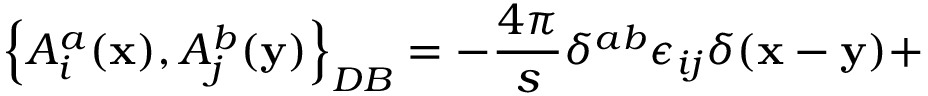
\left\{ A _ { i } ^ { a } ( { \bf x } ) , A _ { j } ^ { b } ( { \bf y } ) \right\} _ { D B } = - \frac { 4 \pi } { s } \delta ^ { a b } \epsilon _ { i j } \delta ( { \bf x } - { \bf y } ) +